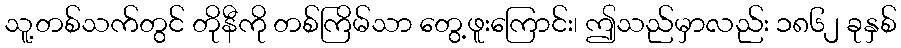
သူ့တစ်သက်တွင် တိုနီကို တစ်ကြိမ်သာ တွေ့ဖူးကြောင်း၊ ဤသည်မှာလည်း ၁၈၆၂ ခုနှစ်